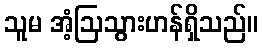
သူမ အံ့ဩသွားဟန်ရှိသည်။